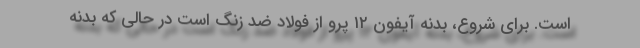
است. برای شروع، بدنه آیفون ۱۲ پرو از فولاد ضد زنگ است در حالی که بدنه